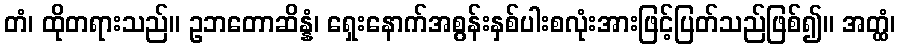
တံ၊ ထိုတရားသည်။ ဥဘတောဆိန္နံ၊ ရှေးနောက်အစွန်းနှစ်ပါးစလုံးအားဖြင့်ပြတ်သည်ဖြစ်၍။ အတ္ထံ၊